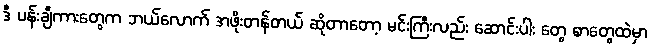
ဒီ ပန်းချီကားတွေက ဘယ်လောက် အဖိုးတန်တယ် ဆိုတာတော့ မင်းကြီးလည်း ဆောင်းပါး တွေ စာတွေထဲမှာ